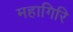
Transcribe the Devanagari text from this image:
महागिरि